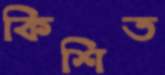
কিশিত